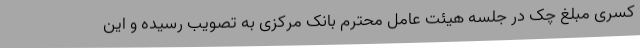
کسری مبلغ چک در جلسه هیئت عامل محترم بانک مرکزی به تصویب رسیده و این